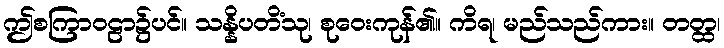
ဤစကြာဝဠာ၌ပင်။ သန္နိပတိံသု၊ စုဝေးကုန်၏။ ကိရ၊ မည်သည်ကား။ တတ္ထ၊